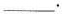
___ .